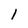
Character: l